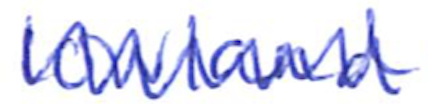
Text: lowland
Cross-out: zig-zag
Writing tool: ballpoint